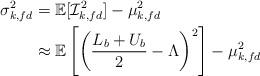
LaTeX: \begin{align*}\sigma_{k,fd}^2&=\mathbb{E}[\mathcal{I}_{k,fd}^2]-\mu_{k,fd}^2\\&\approx \mathbb{E} \left[\left(\frac{L_b+U_b}{2}- \Lambda \right)^2 \right]-\mu_{k,fd}^2\end{align*}